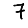
Digit: 7